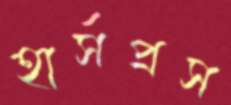
হার্সপ্রস